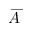
\overrightharpoon { A }